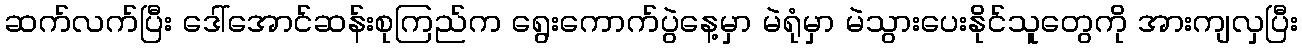
ဆက်လက်ပြီး ဒေါ်အောင်ဆန်းစုကြည်က ရွေးကောက်ပွဲနေ့မှာ မဲရုံမှာ မဲသွားပေးနိုင်သူတွေကို အားကျလှပြီး